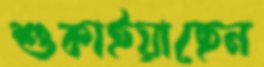
শুকাইয়াছেন